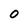
Character: 0